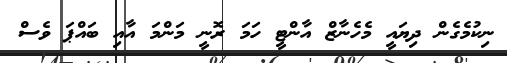
ނިކުމެގެން ދިޔައީ މެހެނާޒް އާންޓީ ހަމަ ރޮނީ މަންމަ އާއި ބައްޕަ ވެސް